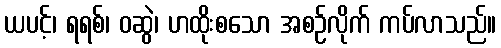
ယပင့်၊ ရရစ်၊ ဝဆွဲ၊ ဟထိုးစသော အစဉ်လိုက် ကပ်လာသည်။